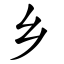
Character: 乡